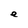
Character: e